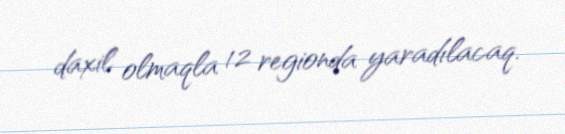
daxil olmaqla 12 regionda yaradılacaq.